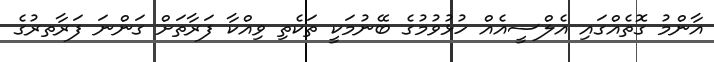
އާންމު ގޮތެއްގައި އެލްސީއެއް ހުޅުވުމުގެ ބޭނުމަކީ ތަކެތި ވިއްކާ ފަރާތަށް ގަންނަ ފަރާތރުގެ